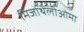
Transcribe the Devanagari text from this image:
मिजोथेलीओमा